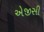
એજીસી